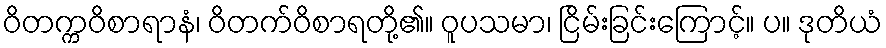
ဝိတက္ကဝိစာရာနံ၊ ဝိတက်ဝိစာရတို့၏။ ဝူပသမာ၊ ငြိမ်းခြင်းကြောင့်။ ပ။ ဒုတိယံ